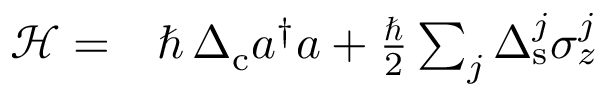
\begin{array} { r l } { \mathcal { H } = } & { { } \hbar \, \Delta _ { \mathrm { c } } a ^ { \dagger } a + \frac { \hbar } { 2 } \sum _ { j } \Delta _ { \mathrm { s } } ^ { j } \sigma _ { z } ^ { j } } \end{array}